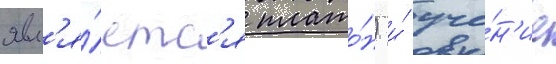
явл'я́етс'я плато́н) и́ уче́н'ие